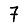
Digit: 7